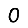
Digit: 0